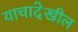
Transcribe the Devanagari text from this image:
याचादेखील